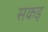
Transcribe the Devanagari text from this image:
सकइ